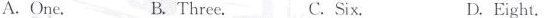
A. One. B. Three. C. Six. D. Eight.